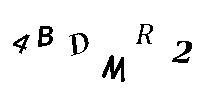
4BDMR2